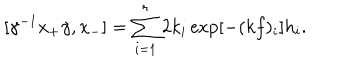
[ \gamma ^ { - 1 } x _ { + } \gamma , x _ { - } ] = \sum _ { i = 1 } ^ { r } 2 k _ { i } \exp [ - ( k f ) _ { i } ] h _ { i } .